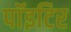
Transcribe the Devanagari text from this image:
पाॅइटिर